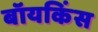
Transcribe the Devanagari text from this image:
बॉयकिंस